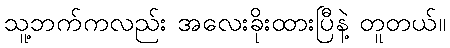
သူ့ဘက်ကလည်း အလေးခိုးထားပြီနဲ့ တူတယ်။